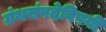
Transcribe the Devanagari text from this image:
ग्रंथसंपदेविषयी